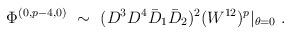
LaTeX: \begin{align*} \Phi^{(0,p-4,0)}~ \sim~ (D^3D^4\bar D_1\bar D_2)^2(W^{12})^p\vert_{\theta=0} \;.\end{align*}